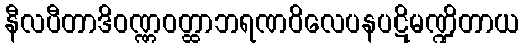
နီလပီတာဒိဝဏ္ဏဝတ္ထာဘရဏဝိလေပနပဋိမဏ္ဍိတာယ